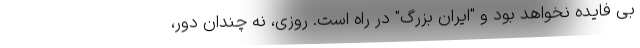
بی فایده نخواهد بود و "ایران بزرگ" در راه است. روزی، نه چندان دور،